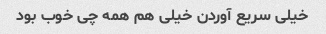
خیلی سریع آوردن خیلی هم همه چی خوب بود